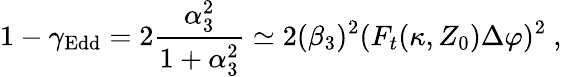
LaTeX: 1-\gamma_{\mathrm{Edd}}=2{\frac{\alpha_{3}^{2}}{1+\alpha_{3}^{2}}}\simeq 2(\beta_{3})^{2}(F_{t}(\kappa,Z_{0})\Delta\varphi)^{2}\ ,